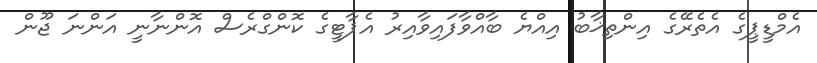
އެމްޑީޕީގެ އެތެރޭގެ އިންތިޚާބު އިއްޔެ ބާއްވާފައިވާއިރު އެޕާޓީގެ ކޮންގްރެސް އޮންނާނީ އަންނަ ޖޫން